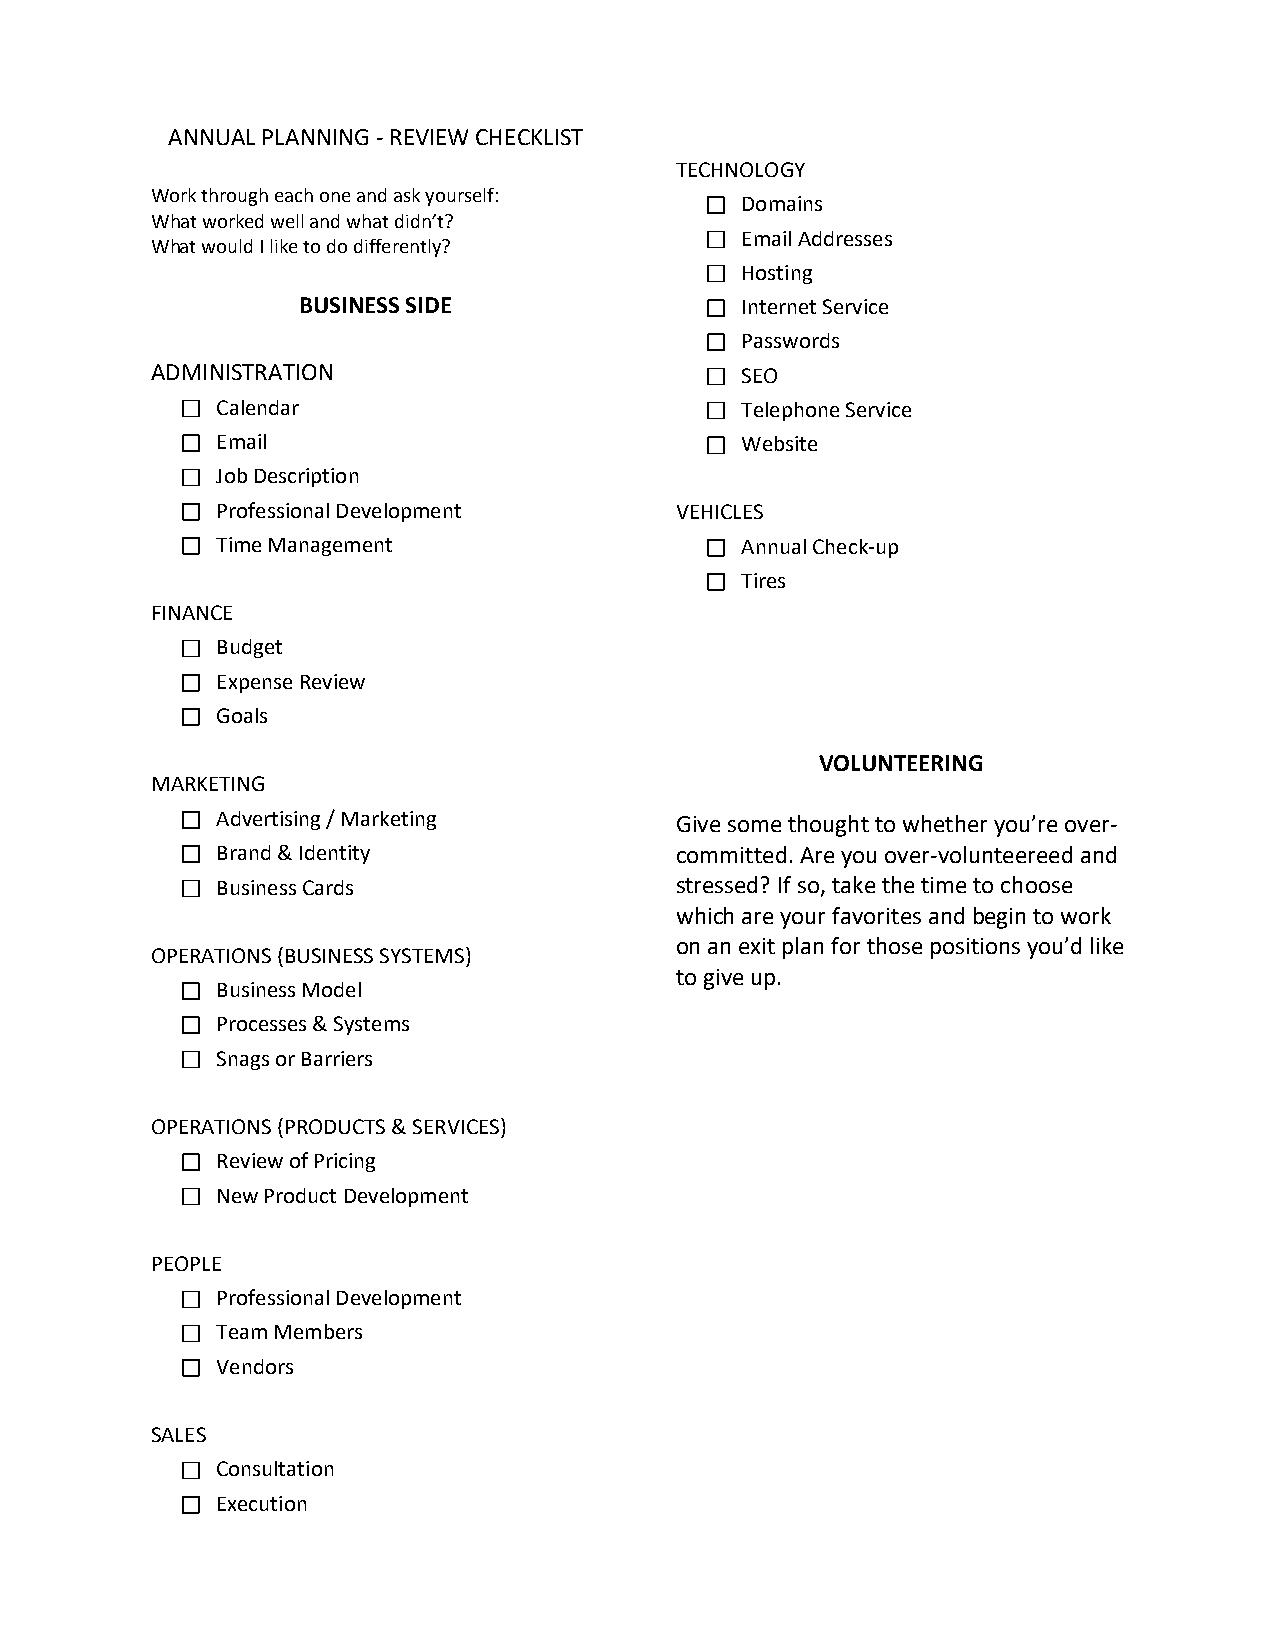
ANNUAL PLANNING - REVIEW CHECKLIST
 TECHNOLOGY
 Work through each one and ask yourself:
 Domains
 What worked well and what didn’t?
 What would I like to do differently?
 Email Addresses
 Hosting
 BUSINESS SIDE                Internet Service
 Passwords
 ADMINISTRATION                         SEO
 Calendar                           Telephone Service
 Email                              Website
 Job Description
 Professional Development       VEHICLES
 Time Management                    Annual Check-up
 Tires
 FINANCE
 Budget
 Expense Review
 Goals
 VOLUNTEERING
 MARKETING
 Advertising / Marketing        Give some thought to whether you’re over-
 Brand & Identity               committed. Are you over-volunteereed and
 Business Cards                 stressed? If so, take the time to choose
 which are your favorites and begin to work
 on an exit plan for those positions you’d like
 OPERATIONS (BUSINESS SYSTEMS)
 to give up.
 Business Model
 Processes & Systems
 Snags or Barriers
 OPERATIONS (PRODUCTS & SERVICES)
 Review of Pricing
 New Product Development
 PEOPLE
 Professional Development
 Team Members
 Vendors
 SALES
 Consultation
 Execution